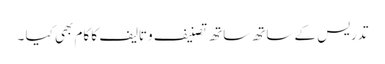
تدریس کے ساتھ ساتھ تصنیف وتالیف کا کام بھی کیا ۔